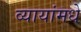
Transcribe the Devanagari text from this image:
व्यायांमधे